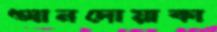
আনদোয়াকা